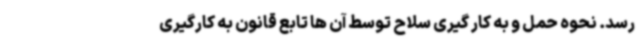
رسد. نحوه حمل و به کار گیری سلاح توسط آن ها تابع قانون به کارگیری